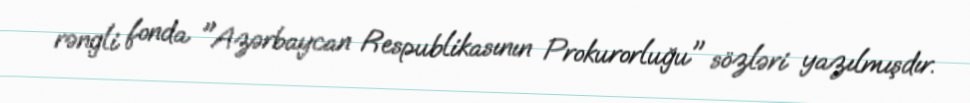
rəngli fonda "Azərbaycan Respublikasının Prokurorluğu" sözləri yazılmışdır.